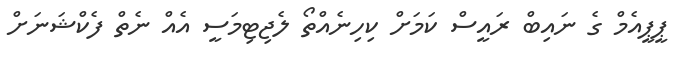
ޕީޕީއެމް ގެ ނައިބް ރައީސް ކަމަށް ކިހިނެއްތޯ ލެޖިޓިމަސީ އެއް ނެތް ފެކްޝަނަށް